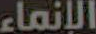
الإنماء